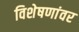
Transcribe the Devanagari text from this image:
विशेषणांवर